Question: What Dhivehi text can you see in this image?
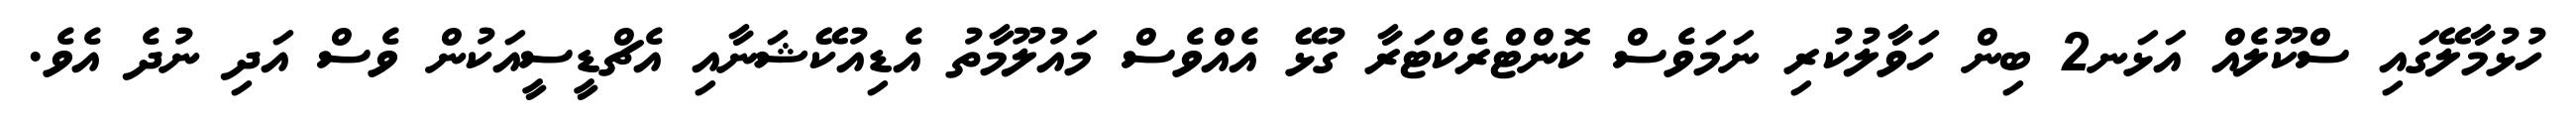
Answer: ހުޅުމާލޭގައި ސްކޫލެއް އަޅަނ2 ބިން ހަވާލުކުރި ނަމަވެސް ކޮންޓްރެކްޓަރާ ގުޅޭ އެއްވެސް މައުލޫމާތު އެޑިއުކޭޝަނާއި އެޗްޑީސީއަކުން ވެސް އަދި ނުދެ އެވެ.